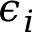
\epsilon _ { i }